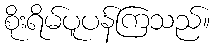
စိုးရိမ်ပူပန်ကြသည်။